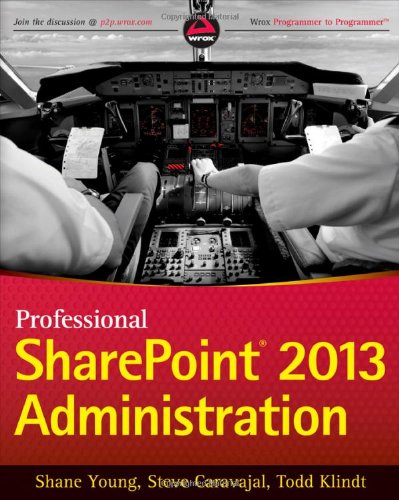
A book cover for Professional SharePoint 2013 Administration; Shane Young; Computers & Technology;